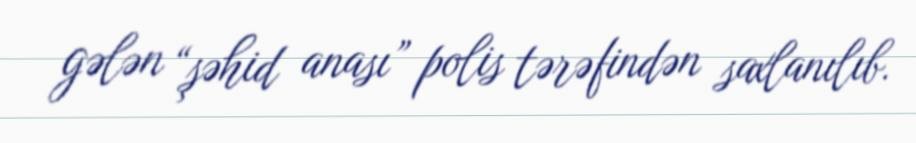
gələn “şəhid anası” polis tərəfindən saxlanılıb.